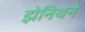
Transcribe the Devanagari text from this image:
झेनिथने